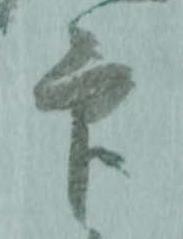
印